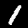
Digit: 1